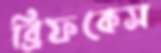
ব্রিফকেস